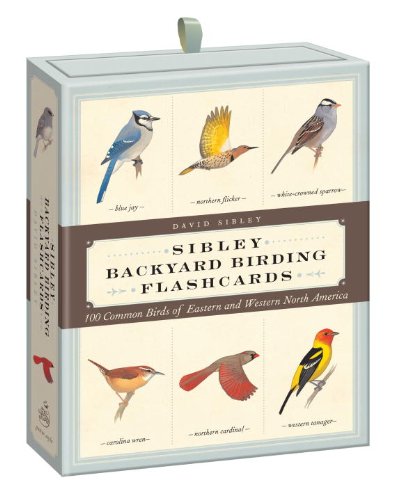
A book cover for Sibley Backyard Birding Flashcards: 100 Common Birds of Eastern and Western North America; David Allen Sibley; Humor & Entertainment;